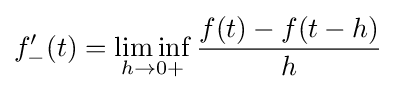
f'_{-}(t)=\liminf _{h\to {0+}}{\frac {f(t)-f(t-h)}{h}}